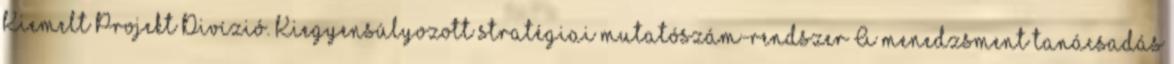
Kiemelt Projekt Divízió. Kiegyensúlyozott stratégiai mutatószám-rendszer A menedzsment tanácsadás